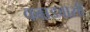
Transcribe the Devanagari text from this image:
कन्नडवासी